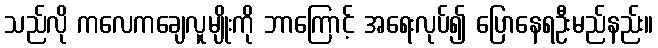
သည်လို ကလေကချေလူမျိုးကို ဘာကြောင့် အရေးလုပ်၍ ပြောနေရဦးမည်နည်း။